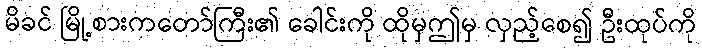
မိခင် မြို့စားကတော်ကြီး၏ ခေါင်းကို ထိုမှဤမှ လှည့်စေ၍ ဦးထုပ်ကို